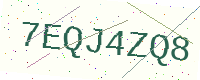
Text: 7EQJ4ZQ8